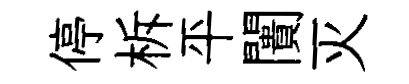
停柝平闠灭